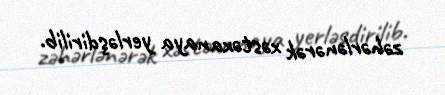
zəhərlənərək xəstəxanaya yerləşdirilib.